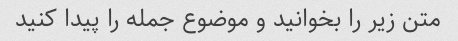
متن زیر را بخوانید و موضوع جمله را پیدا کنید